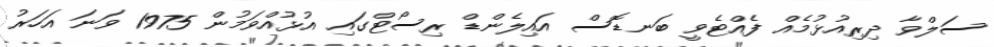
ސަލްވާ ދިރިއުޅުމެއް ފެއްޓެވީ ބަނޑޮސް އައިލެންޑް ރިސޯޓްގައި އުޅުއްވަމުން 1975 ވަަނަ އަހަރު